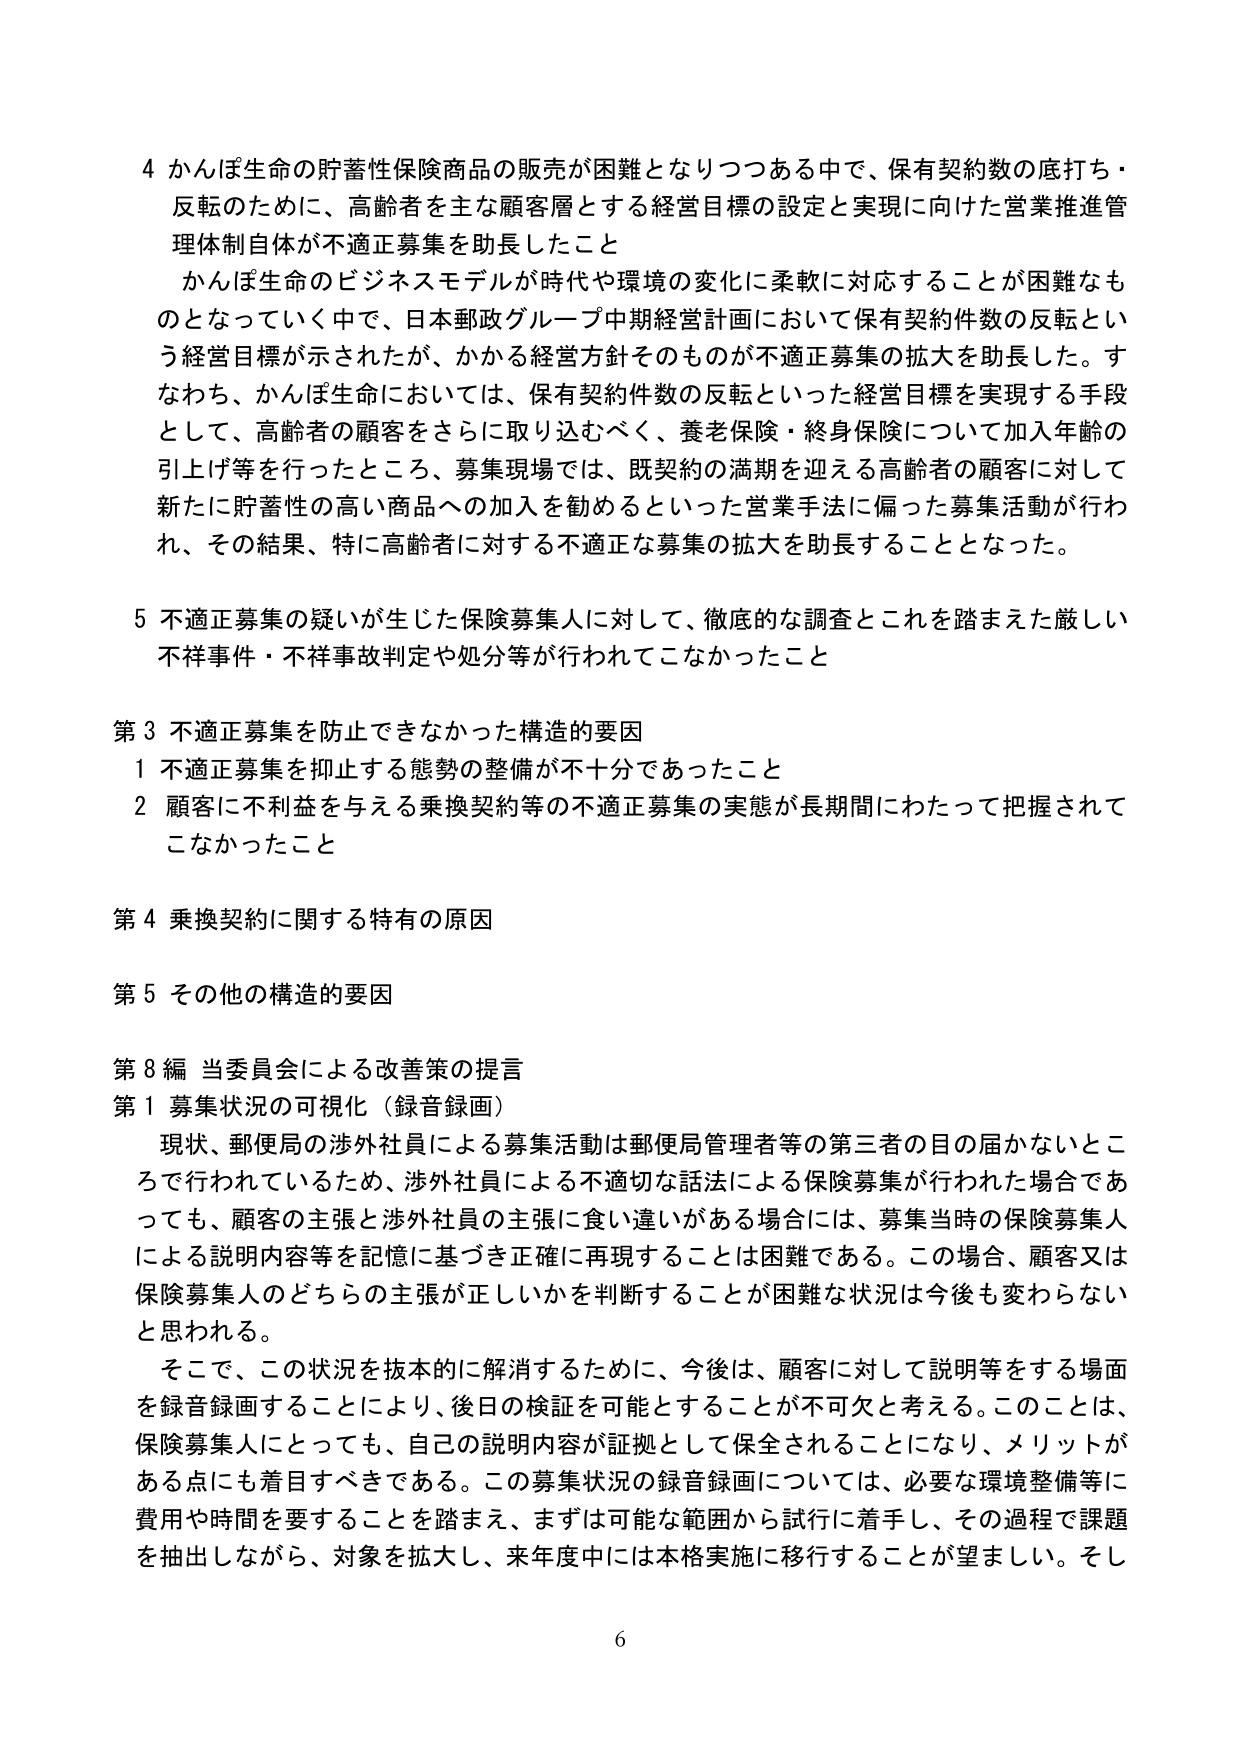
4 かんぽ生命の貯蓄性保険商品の販売が困難となりつつある中で、保有契約数の底打ち・反転のために、高齢者を主な顧客層とする経営目標の設定と実現に向けた営業推進管理体制自体が不適正募集を助長したこと

かんぽ生命のビジネスモデルが時代や環境の変化に柔軟に対応することが困難なものとなっていく中で、日本郵政グループ中期経営計画において保有契約件数の反転という経営目標が示されたが、かかる経営方針そのものが不適正募集の拡大を助長した。すなわち、かんぽ生命においては、保有契約件数の反転といった経営目標を実現する手段として、高齢者の顧客をさらに取り込むべく、養老保険・終身保険について加入年齢の引上げ等を行ったところ、募集現場では、既契約の満期を迎える高齢者の顧客に対して新たに貯蓄性の高い商品への加入を勧めるといった営業手法に偏った募集活動が行われ、その結果、特に高齢者に対する不適正な募集の拡大を助長することとなった。

5 不適正募集の疑いが生じた保険募集人に対して、徹底的な調査とこれを踏まえた厳しい不祥事件・不祥事故判定や処分等が行われてこなかったこと

第3 不適正募集を防止できなかった構造的要因
1 不適正募集を抑止する態勢の整備が不十分であったこと
2 顧客に不利益を与える乗換契約等の不適正募集の実態が長期間にわたって把握されてこなかったこと

第4 乗換契約に関する特有の原因

第5 その他の構造的要因

第8編 当委員会による改善策の提言
第1 募集状況の可視化（録音録画）

現状、郵便局の渉外社員による募集活動は郵便局管理者等の第三者の目の届かないところで行われているため、渉外社員による不適切な話法による保険募集が行われた場合であっても、顧客の主張と渉外社員の主張に食い違いがある場合には、募集当時の保険募集人による説明内容等を記憶に基づき正確に再現することは困難である。この場合、顧客又は保険募集人のどちらの主張が正しいかを判断することが困難な状況は今後も変わらないと思われる。

そこで、この状況を抜本的に解消するために、今後は、顧客に対して説明等をする場面を録音録画することにより、後日の検証を可能とすることが不可欠と考える。このことは、保険募集人にとっても、自分の説明内容が証拠として保全されることになり、メリットがある点にも着目すべきである。この募集状況の録音録画については、必要な環境整備等に費用や時間を要することを踏まえ、まずは可能な範囲から試行に着手し、その過程で課題を抽出しながら、対象を拡大し、来年度中には本格実施に移行することが望ましい。そし

6